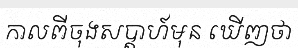
កាលពីចុងសប្តាហ៍មុន ឃើញថា